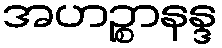
အဟဉ္စာနန္ဒ